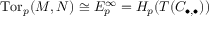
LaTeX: \operatorname { T o r } _ { p } ( M , N ) \cong E _ { p } ^ { \infty } = H _ { p } ( T ( C _ { \bullet , \bullet } ) )